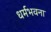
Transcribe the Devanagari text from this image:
धर्मभवना